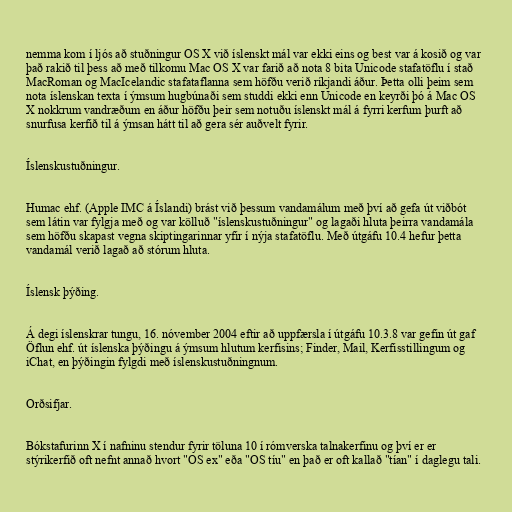
nemma kom í ljós að stuðningur OS X við íslenskt mál var ekki eins og best var á kosið og var
það rakið til þess að með tilkomu Mac OS X var farið að nota 8 bita Unicode stafatöflu í stað
MacRoman og MacIcelandic stafataflanna sem höfðu verið ríkjandi áður. Þetta olli þeim sem
nota íslenskan texta í ýmsum hugbúnaði sem studdi ekki enn Unicode en keyrði þó á Mac OS
X nokkrum vandræðum en áður höfðu þeir sem notuðu íslenskt mál á fyrri kerfum þurft að
snurfusa kerfið til á ýmsan hátt til að gera sér auðvelt fyrir.

Íslenskustuðningur.

Humac ehf. (Apple IMC á Íslandi) brást við þessum vandamálum með því að gefa út viðbót
sem látin var fylgja með og var kölluð "íslenskustuðningur" og lagaði hluta þeirra vandamála
sem höfðu skapast vegna skiptingarinnar yfir í nýja stafatöflu. Með útgáfu 10.4 hefur þetta
vandamál verið lagað að stórum hluta.

Íslensk þýðing.

Á degi íslenskrar tungu, 16. nóvember 2004 eftir að uppfærsla í útgáfu 10.3.8 var gefin út gaf
Öflun ehf. út íslenska þýðingu á ýmsum hlutum kerfisins; Finder, Mail, Kerfisstillingum og
iChat, en þýðingin fylgdi með íslenskustuðningnum.

Orðsifjar.

Bókstafurinn X í nafninu stendur fyrir töluna 10 í rómverska talnakerfinu og því er er
stýrikerfið oft nefnt annað hvort "OS ex" eða "OS tíu" en það er oft kallað "tían" í daglegu tali.